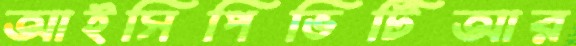
আইসিপিভিটিআর